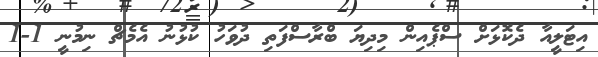
އިޓަލީއާ ދެކޮޅަށް ސްޕެއިން މިދިޔަ ބްރާސްފަތި ދުވަހު ކުޅުނު އެމެޗް ނިމުނީ 1-1